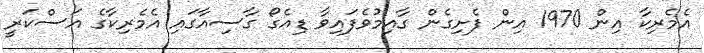
އެމެރިކާ އިން 1970 އިން ފެށިގެން ގާއިމުވެފައިވާ ޑިއެގޯ ގާސިއާގައި އެމެރިކާގެ އަސްކަރީ